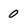
Character: 0